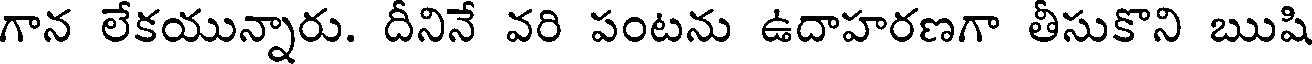
గాన లేకయున్నారు. దీనినే వరి పంటను ఉదాహరణగా తీసుకొని ఋషి